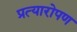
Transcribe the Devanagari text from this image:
प्रत्‍यारोपण